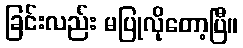
ခြင်းလည်း မပြုလိုတော့ပြီ။